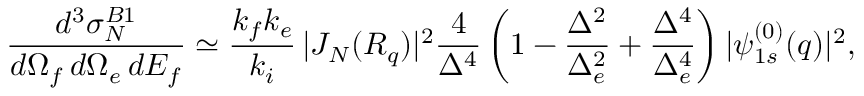
\frac { d ^ { 3 } { \sigma } _ { N } ^ { B 1 } } { d \Omega _ { f } \, d \Omega _ { e } \, d E _ { f } } \simeq \frac { k _ { f } k _ { e } } { k _ { i } } \, | J _ { N } ( { \cal R } _ { q } ) | ^ { 2 } \frac { 4 } { \Delta ^ { 4 } } \left( 1 - \frac { \Delta ^ { 2 } } { \Delta _ { e } ^ { 2 } } + \frac { \Delta ^ { 4 } } { \Delta _ { e } ^ { 4 } } \right) | \psi _ { 1 s } ^ { ( 0 ) } ( q ) | ^ { 2 } ,